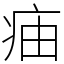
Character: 㾄